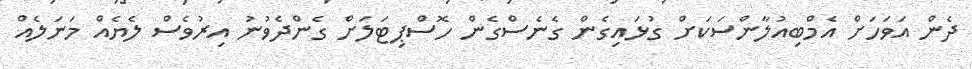
ދެން އަވަހަށް އެމްބިއުލާންސަކަށް ގުޅައިގެން ގެނެސްގެން ހޮސްޕިޓަލަށް ގެންދެވުނު އިރުވެސް ލެޔެއް މަނަލެއް